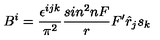
B ^ { i } = \frac { \epsilon ^ { i j k } } { \pi ^ { 2 } } \frac { s i n ^ { 2 } n F } { r } F ^ { \prime } { \hat { r } } _ { j } s _ { k }